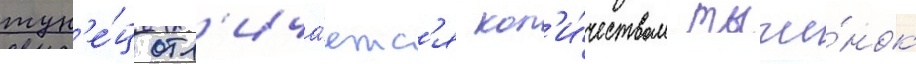
тун'е́ц отл'ича́етс'я кол'и́чеством тычи́нок